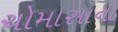
ચોમાસાનો